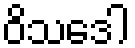
ဝိသဒေါ